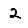
Digit: 2